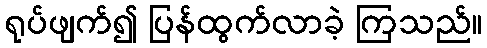
ရုပ်ဖျက်၍ ပြန်ထွက်လာခဲ့ ကြသည်။